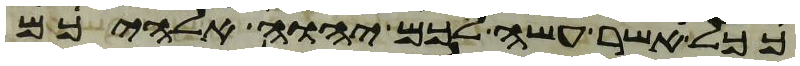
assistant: ככל אשר עשה לכם יהוה אלהיכם